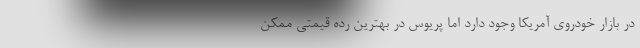
در بازار خودروی آمریکا وجود دارد اما پریوس در بهترین رده قیمتی ممکن